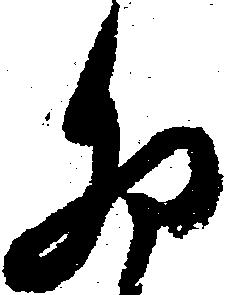
卯